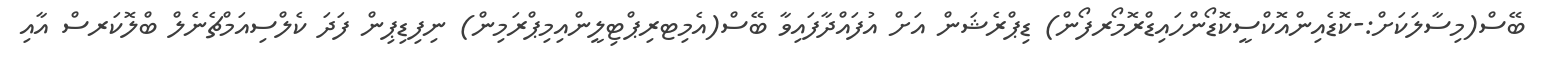
ބޭސް(މިސާލަކަށް:-ކޮޑެއިންއޮކްސީކޮޑޯންހައިޑްރޮމޯރފޯން) ޑިޕްރެޝަން އަށް އުފައްދާފައިވާ ބޭސް(އެމިޓރިޕްޓިލީންއިމިޕްރަމިން) ނިފިޑިޕިން ފަދަ ކެލްސިއަމްޗެނެލް ބްލޮކަރސް އާއި